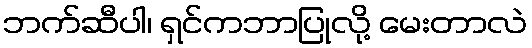
ဘက်ဆီပါ၊ ရှင်ကဘာပြုလို့ မေးတာလဲ